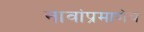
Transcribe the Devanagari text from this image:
नावांप्रमाणेच